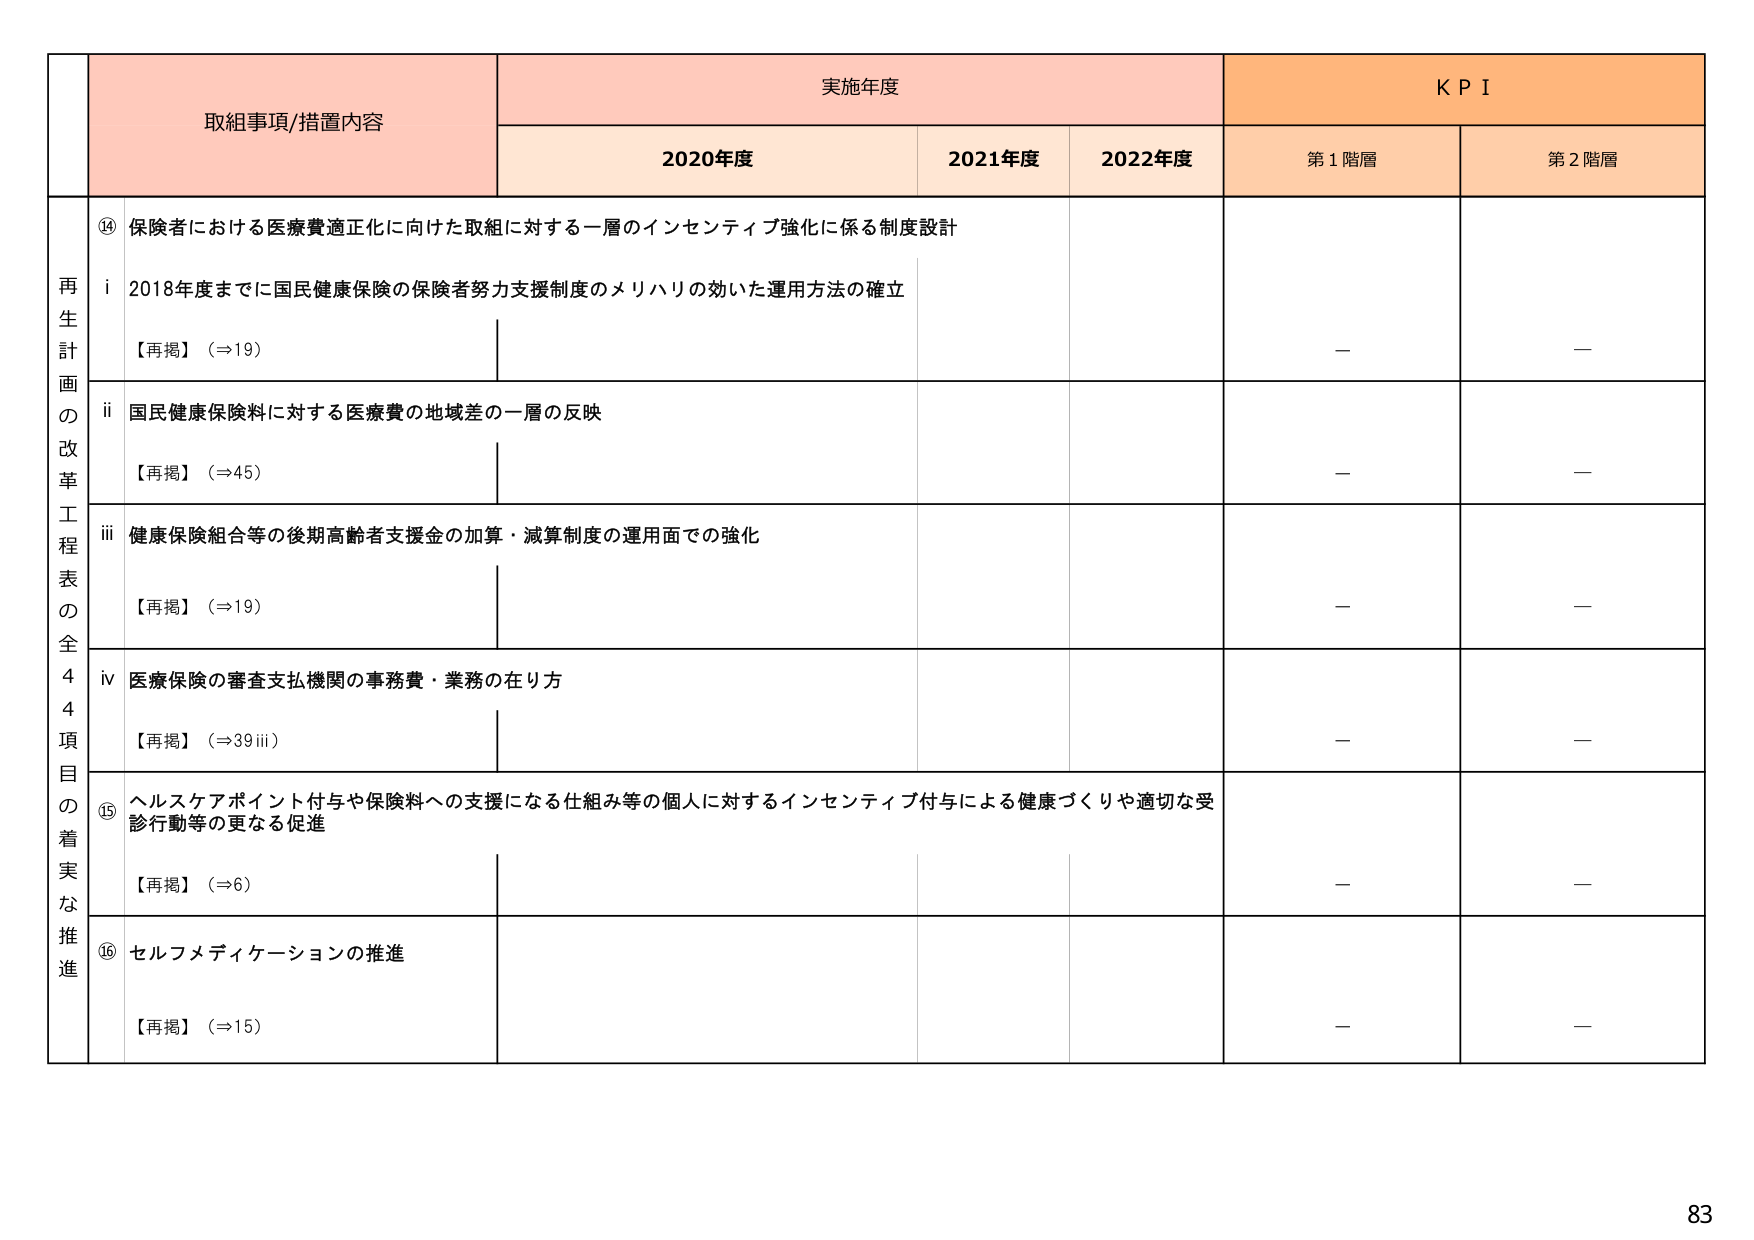
再生計画の改革工程表の全44項目の着実な推進

取組事項/措置内容

実施年度

KPI

2020年度

2021年度

2022年度

第1階層

第2階層

⑭ 保険者における医療費適正化に向けた取組に対する一層のインセンティブ強化に係る制度設計

i 2018年度までに国民健康保険の保険者努力支援制度のメリハリの効いた運用方法の確立

【再掲】（⇒19）

—

—

ii 国民健康保険料に対する医療費の地域差の一層の反映

【再掲】（⇒45）

—

—

iii 健康保険組合等の後期高齢者支援金の加算・減算制度の運用面での強化

【再掲】（⇒19）

—

—

iv 医療保険の審査支払機関の事務費・業務の在り方

【再掲】（⇒39 iii）

—

—

⑮ ヘルスケアポイント付与や保険料への支援になる仕組み等の個人に対するインセンティブ付与による健康づくりや適切な受診行動等の更なる促進

【再掲】（⇒6）

—

—

⑯ セルフメディケーションの推進

【再掲】（⇒15）

—

—

83